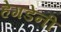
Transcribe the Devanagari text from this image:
हेगडेंनी